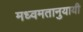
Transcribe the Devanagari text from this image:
मध्वमतानुयायी